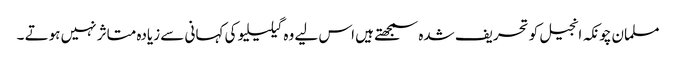
مسلمان چونکہ انجیل کو تحریف شدہ سمجھتے ہیں اس لیے وہ گیلیلیو کی کہانی سے زیادہ متاثر نہیں ہوتے ۔